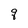
Character: q